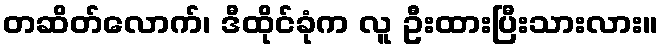
တဆိတ်လောက်၊ ဒီထိုင်ခုံက လူ ဦးထားပြီးသားလား။